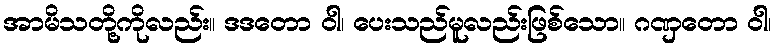
အာမိသတို့ကိုလည်း။ ဒဒတော ဝါ၊ ပေးသည်မူလည်းဖြစ်သော။ ဂဏှတော ဝါ၊